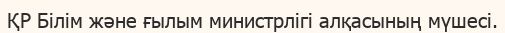
ҚР Білім және ғылым министрлігі алқасының мүшесі.